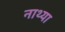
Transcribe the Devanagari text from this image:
नाथ्या